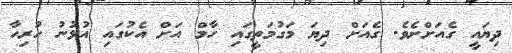
ދިޔައީ ގެއަށްށެވެ. ގެއަށް ދިޔަ މަގުމަތީގައި ހާމް އަށް އެކުގައި އުޅުނު ހުރިހާ